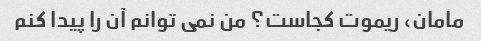
مامان، ریموت کجاست؟ من نمی توانم آن را پیدا کنم